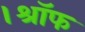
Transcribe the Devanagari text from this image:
।श्रॉफ